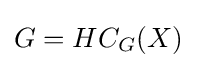
G=HC_{G}(X)